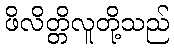
ဖိလိတ္တိလူတို့သည်